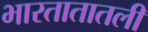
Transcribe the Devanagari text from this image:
भारतातातली